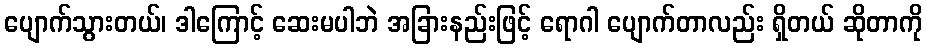
ပျောက်သွားတယ်၊ ဒါကြောင့် ဆေးမပါဘဲ အခြားနည်းဖြင့် ရောဂါ ပျောက်တာလည်း ရှိတယ် ဆိုတာကို